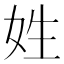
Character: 姓